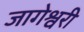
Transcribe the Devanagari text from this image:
जागेश्वरी